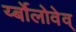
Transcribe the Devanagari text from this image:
र्य्बोलोवेव्